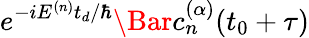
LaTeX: e^{-iE^{(n)}t_{d}/\hbar}\Bar{c}_{n}^{(\alpha)}(t_{0}+\tau)